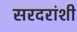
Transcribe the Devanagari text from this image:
सरदरांशी